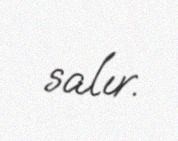
salır.